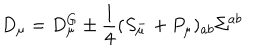
D _ { \mu } = D _ { \mu } ^ { G } \pm \frac 1 4 ( S _ { \mu } ^ { - } + P _ { \mu } ) _ { a b } \Sigma ^ { a b }